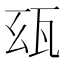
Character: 𤬮